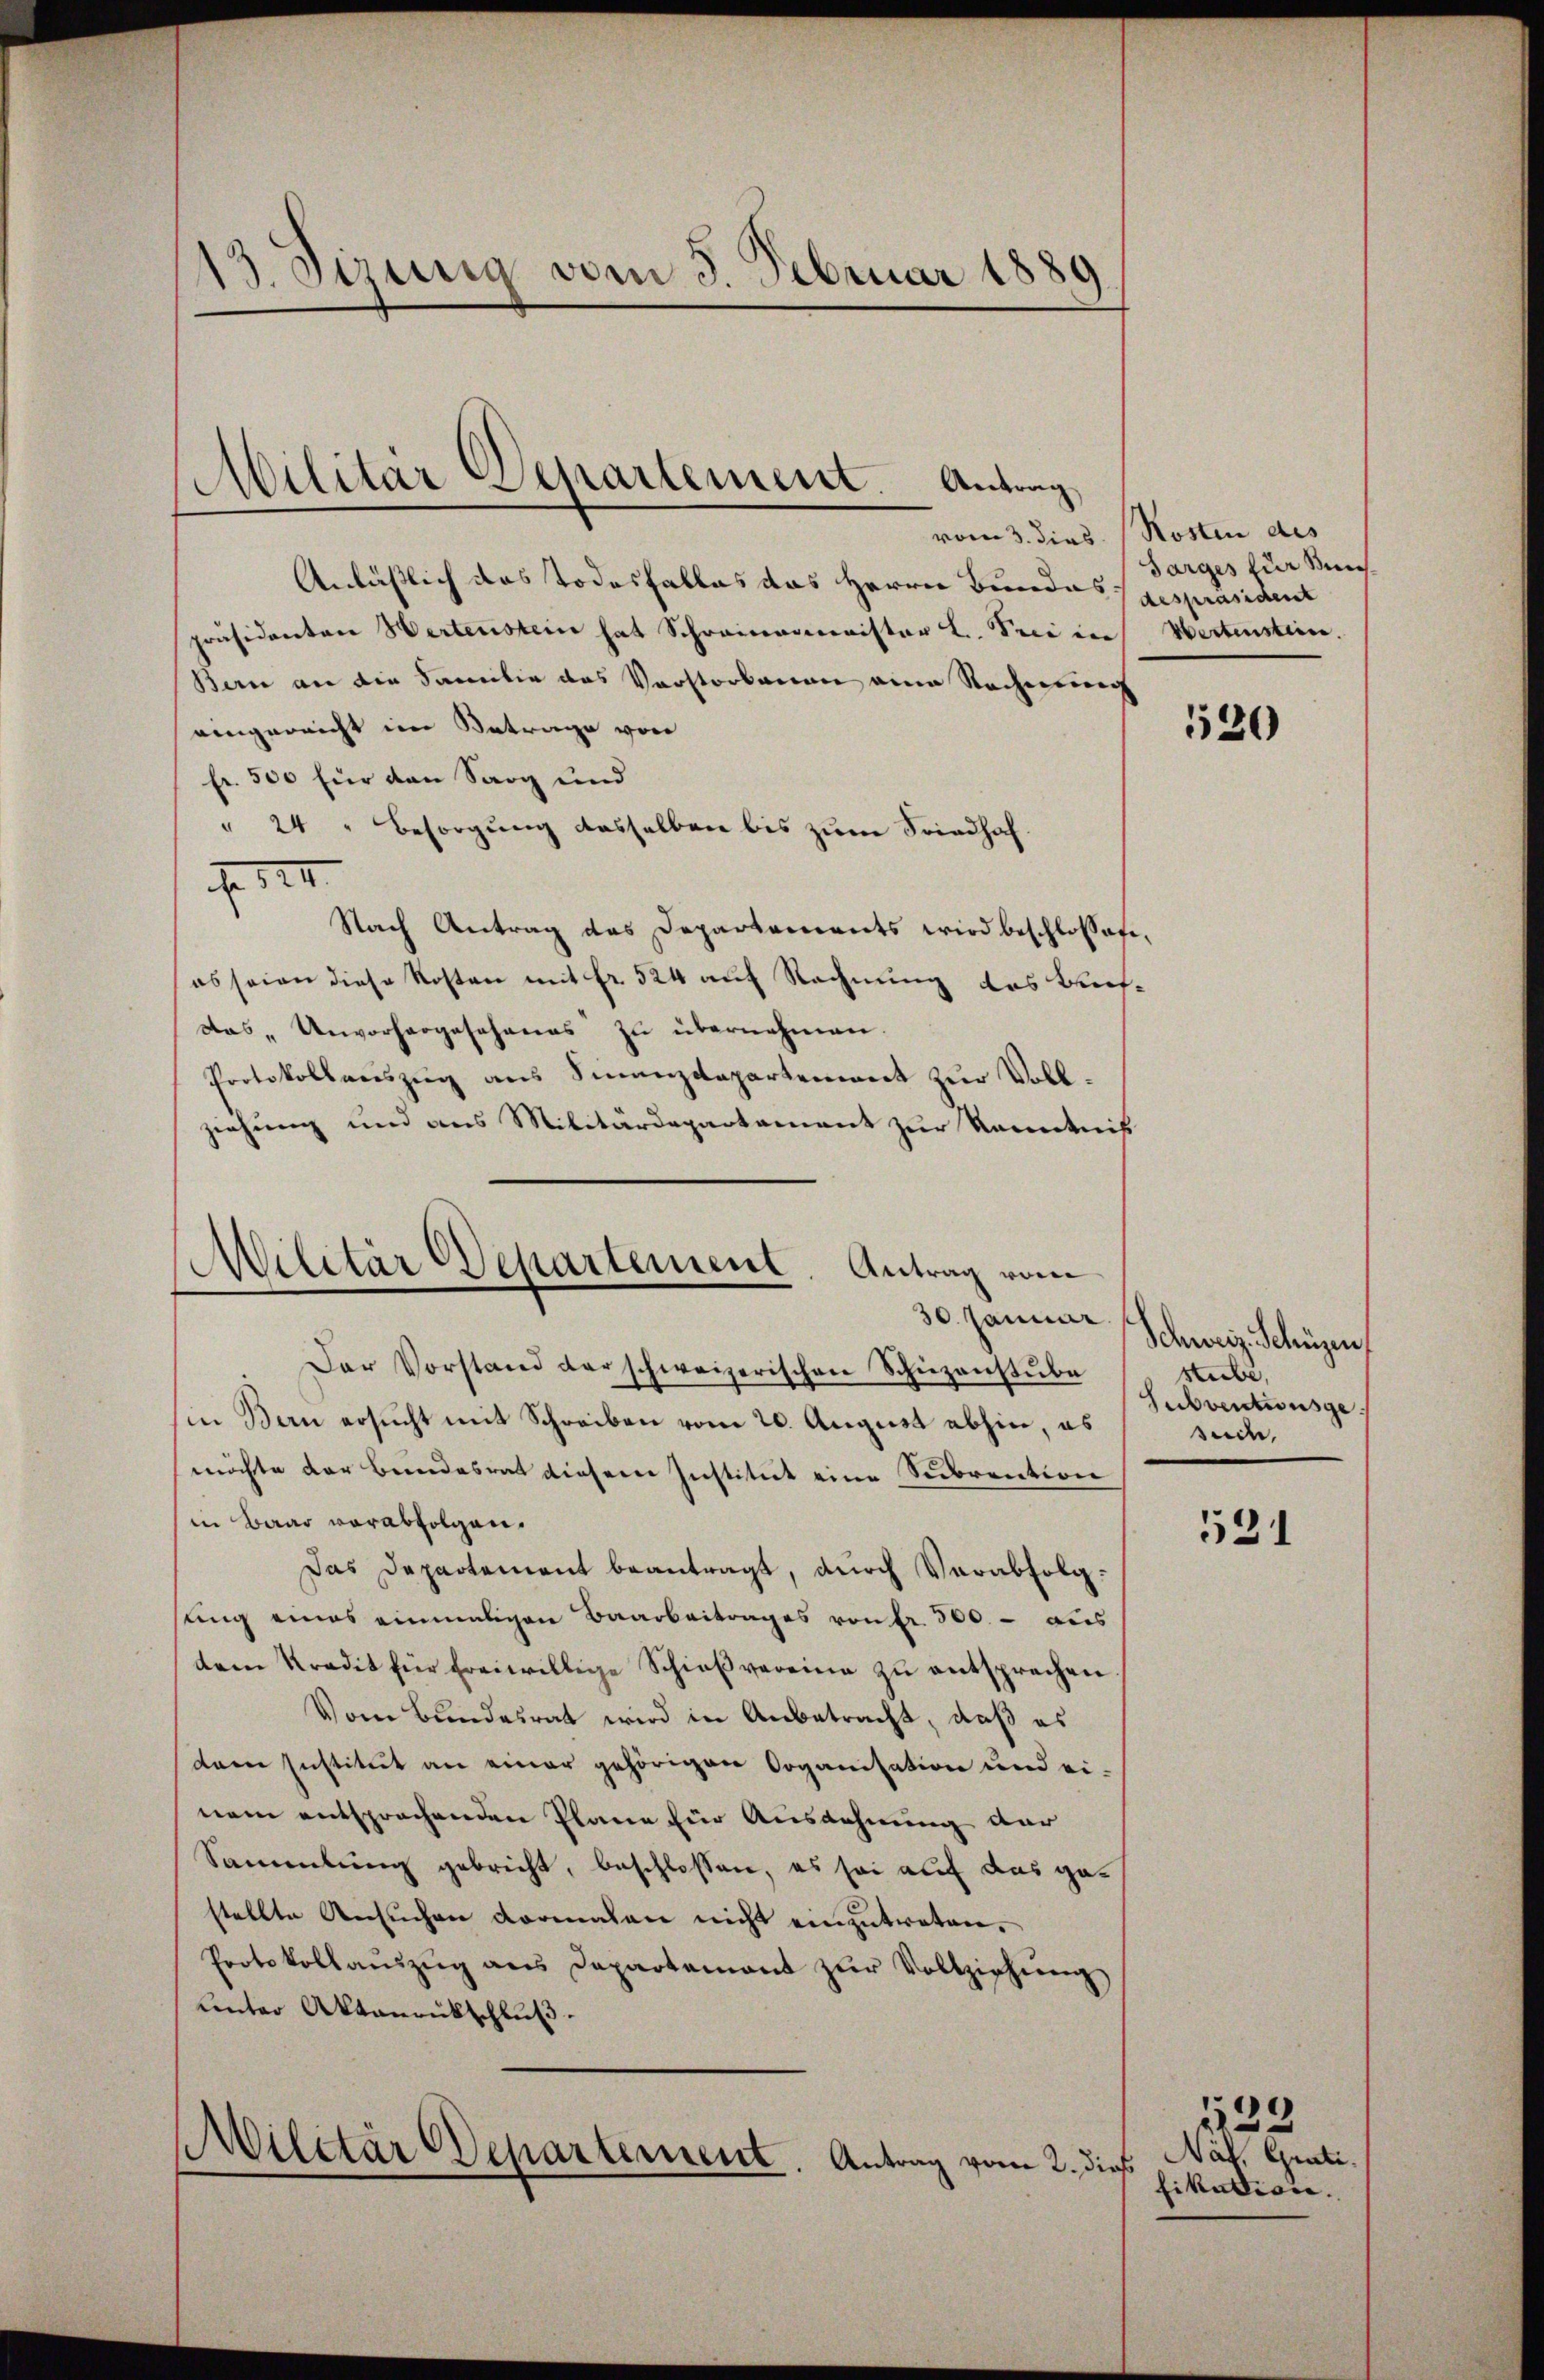
13. Sirung vom 5. Februar 1889

Militär Departement. Antrag

Militär Departement Antrag vom
30. Januar

Anläßlich das Todesfalles das Herrn Bundesgespräsident
präsidenten Wertenstein hat Schreinamminister L. Prei in
Bern an die Familie das Vorstorbenen eine Rechnung
eingereicht im Betrage von
fr. 500 für den Sarg und
" 24 " Besorgung desselben bis zum Friedhof
A. III.
Nach Antrag das Departements wird beschlossage,
es seien diese Kosten mit fr. 524 auf Rechnung des trefdas „Unvorhergeschanas zu übernehmen.
Protokollauszug aus Finanzdepartement zŭr Vollziehung und aus Militärdepartement zur Kenntnis
Der Vorstand der schweizerischen Schüzanstŭbe
(in Bern ersucht mit Schreiben vom 20. August abhin, es
möchte der Bundesrat dieser Institut eine Sedbrention
in Baar vorabfolgen.
Das Departement beantragt, durch Verabfolgsung eines einmaligen Baarbeitrages von fr. 300. - aus
dem Kredit für freiwillige Schieβvereine zu entsprechen
Vom Bundesrat wird in Anbetracht, daß es
dame Institut an einer gehörigen Organisation und ei-
nem entsprochenden Plane für Ausdehnung der
Sammlung gebricht, beschlossen, es sei auf das gestellte Ansuchen vormalen nicht einzutreten.
Protokollaŭszŭg ans Departement zŭr Vollziehŭng
unter Aktanrückschluß.
Militar Departement. Antrag vom 2. dieß

vom 3. dies. (Rosten des
Sarges für Mis¬
Wertenstein.

130

Schweiz. Schüzen,
stube,
Subventionsge
sude,

531

of. Gal
sikalisie. |

1223